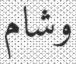
وشام